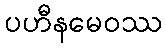
ပဟီနမေဝဿ